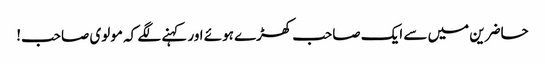
حاضرین میں سے ایک صاحب کھڑے ہوئے اور کہنے لگے کہ مولوی صاحب!